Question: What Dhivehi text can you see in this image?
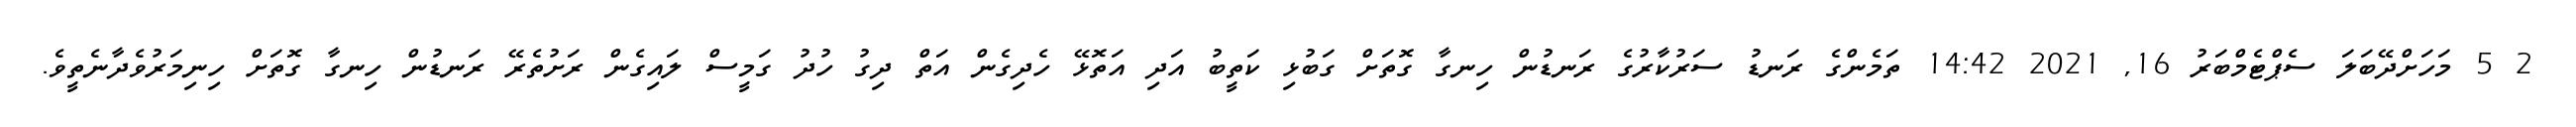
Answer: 2 5 މަހަށްދޭބަލަ ސެޕްޓެމްބަރު 16, 2021 14:42 ތަމެންގެ ރަނޑު ސަރުކާރުގެ ރަނޑުން ހިނގާ ގޮތަށް ގަބުޅި ކަތީބު އަދި އަތޮޅޭ ހެދިގެން އަތް ދިގު ހުދު ގަމީސް ލައިގެން ރަށުތެރޭ ރަނޑުން ހިނގާ ގޮތަށް ހިނިމަރުވެދާނެތީވެ.